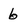
Character: 6